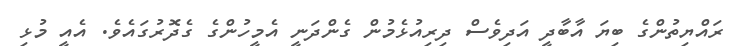
ރައްޔިތުންގެ ބިޔަ އާބާދީ އަދިވެސް ދިރިއުޅެމުން ގެންދަނީ އެމީހުންގެ ގެދޮރުގައެވެ. އެއީ މުޅި